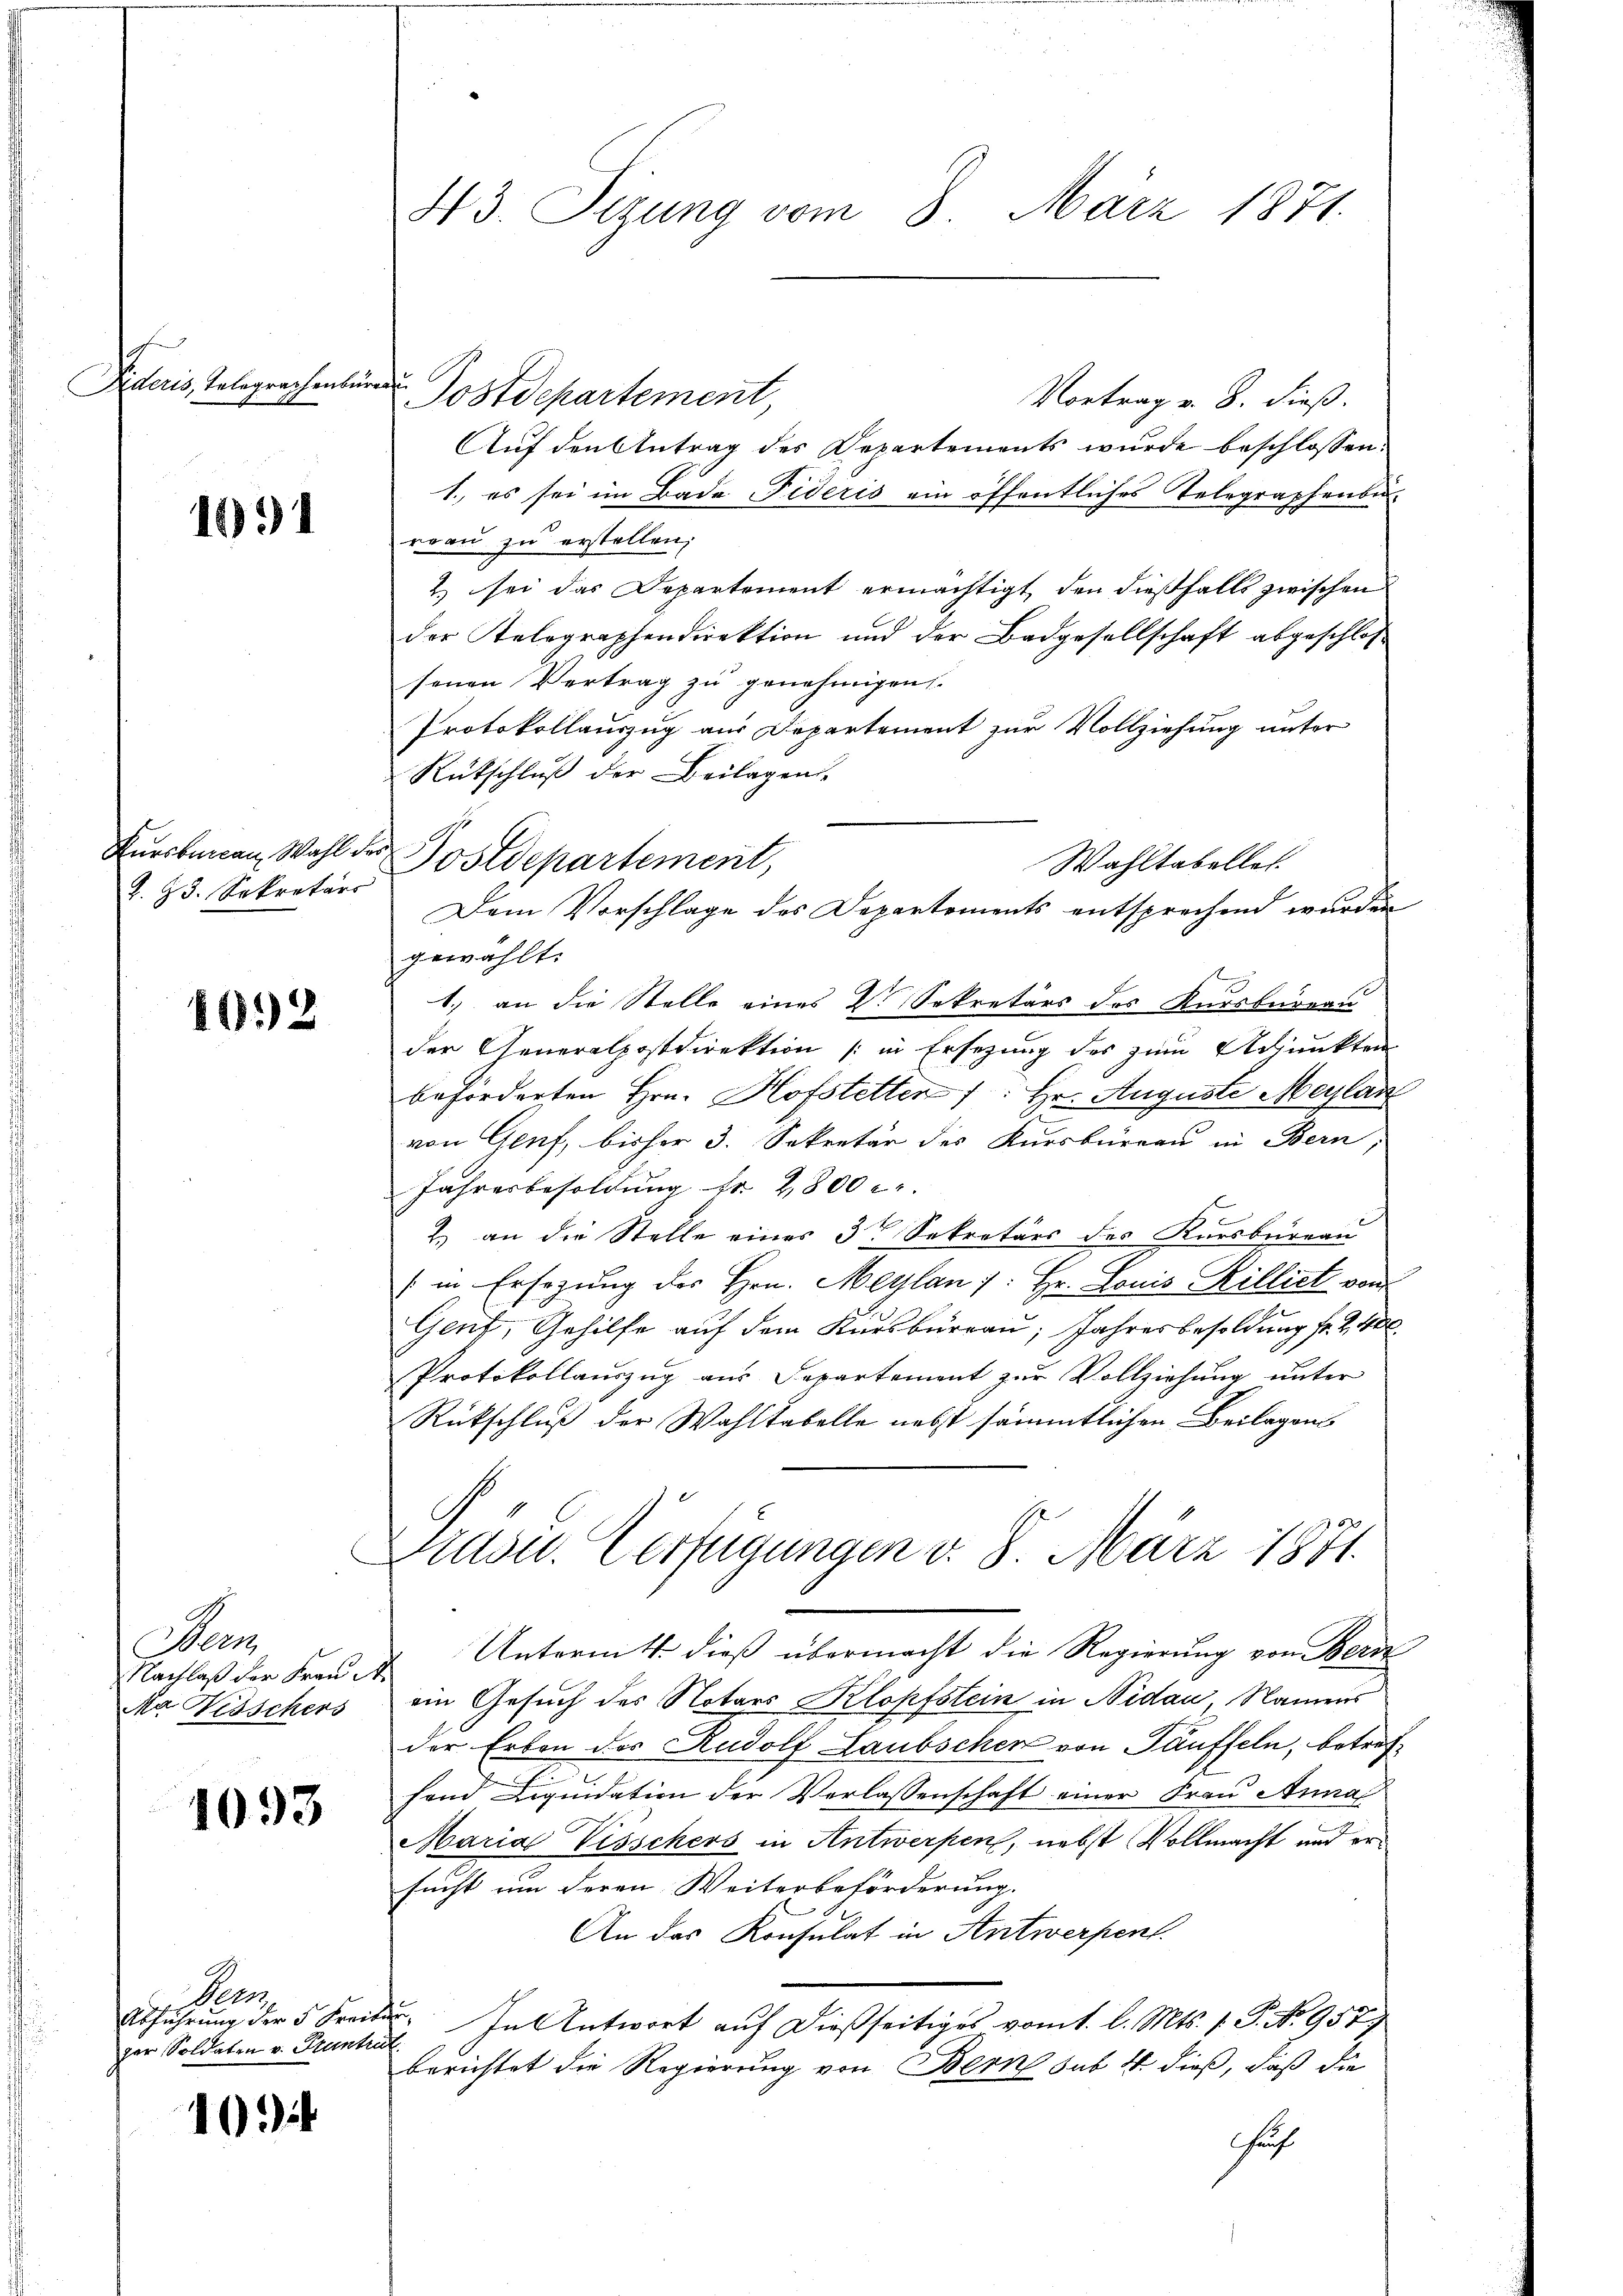
Dideris, Telegrachenbür

191

Kursbacken, Wahl de
R. Z. 5. Sekretärs

1692

Aa
Nachlaß der Frau¬
Na Nesschers

1093

Penn
Abführung der 5 Frei
per Soldaten v. Pruntrut

103

43. Sizung vom 8. März 1871.

Postdepartement,
Wahltabellet.
Dem Vorschlage des Departements entsprechend wurden

f
Postdepartement
Vortrag v. 8. dieß.
Auf den Antrag des Departements wurde beschlossen:
1., es sei im Bade Fideris ein öffentliches Telegraphenbe-
rrau zu erstellen.
2) sei das Departement ermächtigt, den dießfalls zwischen
der Relegraphendirektion und der Badgesellschaft abgeschlossenen Vertrag zu genehmigen.
Protokollauszug aus Departement zur Vollziehung unter
Rütschluß der Beilagen
gewählt.
1.) an die Stelle eines V. Sekretärs des Kursbureau
der Generalpostdirektion (in Ersezung des zum Adjunkten
beförderten Hrn. Hofstetten /: Hr. Auguste Maylan
von Genf, bisher 3. Sekretär des Kursbureau in Bern,
Jahresbesoldung fr. 2800 c.
2.) an die Stelle eines 3te Sekretärs des Kursbureau
/ in Ersezung des Hrn. Mayland: Hr. Louis Rilliet vom
Gent, Gehilfe auf dem Kursbureau, Jahresbesoldung fr. 2400.
Protokollauszug aus Departement zur Vollziehung unter
Rütschluß der Wahltabelle nebst sämmtlichen Beilagens
Brust. Verfügungen d. 8. März 1871.
Unternitt. dieß übermacht die Regierung von Bern
2
ein Gesuch des Notars Klopfstein in Nidau, Namens
der Erben des Rudolf Laubschen von Täuffeln, betreffond Liquidation der Verlassenschaft einer Frau Anna
Maria Visschers in Antwerpen, nebst Vollmacht und ersucht um deren Weiterbeförderung.
An das Konsulat in Antwerpent.
u. In Antwort auf dießseitiges vom 1. l. Mts. 1. P. Nr. 957)
berichtet die Regierung von Bern sub 4. dieß, daß die
huf